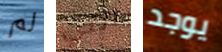
لم التي يوجد